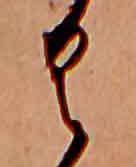
く